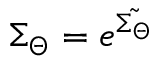
\Sigma _ { \Theta } = e ^ { \tilde { \Sigma _ { \Theta } } }